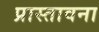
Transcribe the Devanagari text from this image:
प्रास्तावना